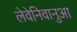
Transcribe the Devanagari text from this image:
लेवेनिवानुआ